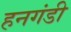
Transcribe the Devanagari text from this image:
हनगंडी